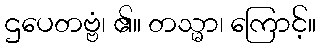
ဌပေတဗ္ဗံ၊ ၏။ တသ္မာ၊ ကြောင့်။